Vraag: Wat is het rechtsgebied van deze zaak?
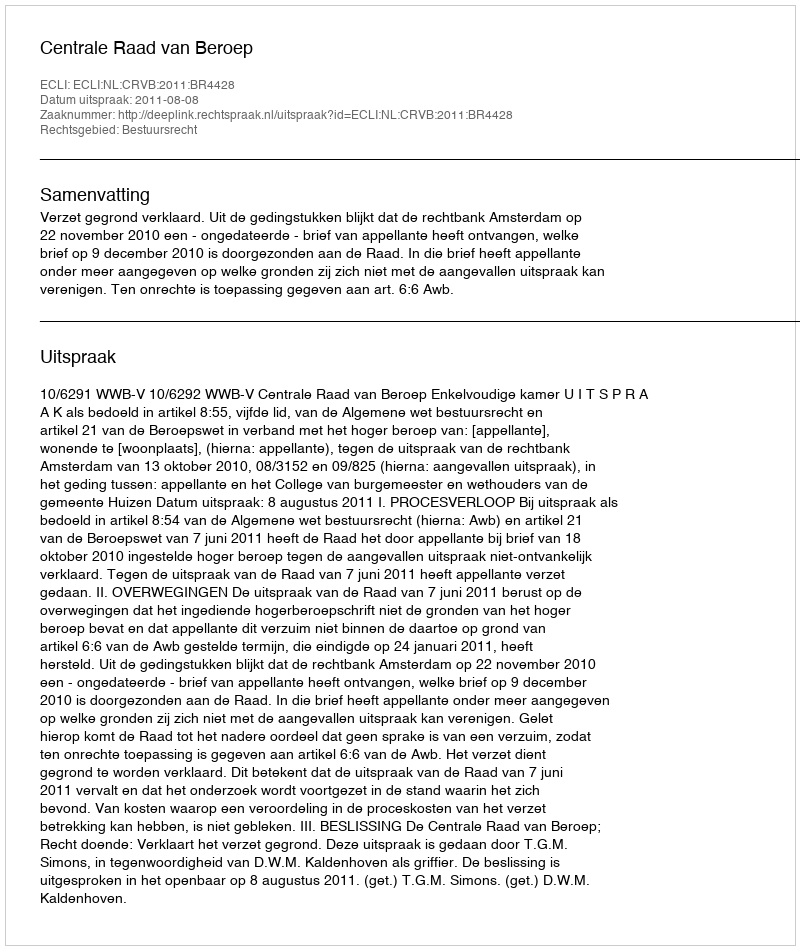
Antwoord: Bestuursrecht